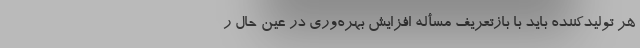
هر تولیدکننده باید با بازتعریف مسأله افزایش بهره‌وری در عین حال ر